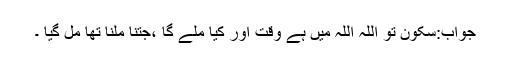
جواب:سکون تو اللہ اللہ میں ہے وقت اور کیا ملے گا ،جتنا ملنا تھا مل گیا ۔